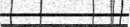
٢٦